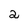
Character: 2